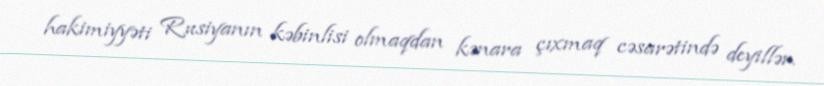
hakimiyyəti Rusiyanın kəbinlisi olmaqdan kənara çıxmaq cəsarətində deyillər.